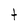
Character: t